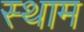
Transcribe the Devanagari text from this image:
स्थाम